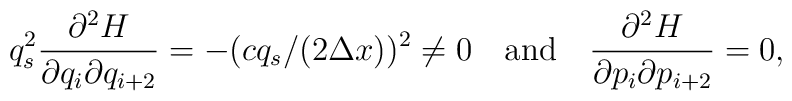
q_s^2{\partial^2 H\over\partial q_i\partial q_{i + 2}} =-(cq_s/(2\Delta x))^2 \neq 0\quad\hbox{and}\quad{\partial^2 H\over\partial p_i\partial p_{i + 2}} = 0,